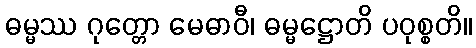
ဓမ္မဿ ဂုတ္တော မေဓာဝီ၊ ဓမ္မဋ္ဌောတိ ပဝုစ္စတိ။